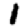
Digit: 1